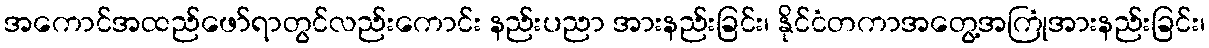
အကောင်အထည်ဖော်ရာတွင်လည်းကောင်း နည်းပညာ အားနည်းခြင်း၊ နိုင်ငံတကာအတွေ့အကြုံအားနည်းခြင်း၊